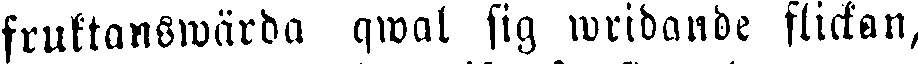
fruktanswärds qwal sig wridande flickan,